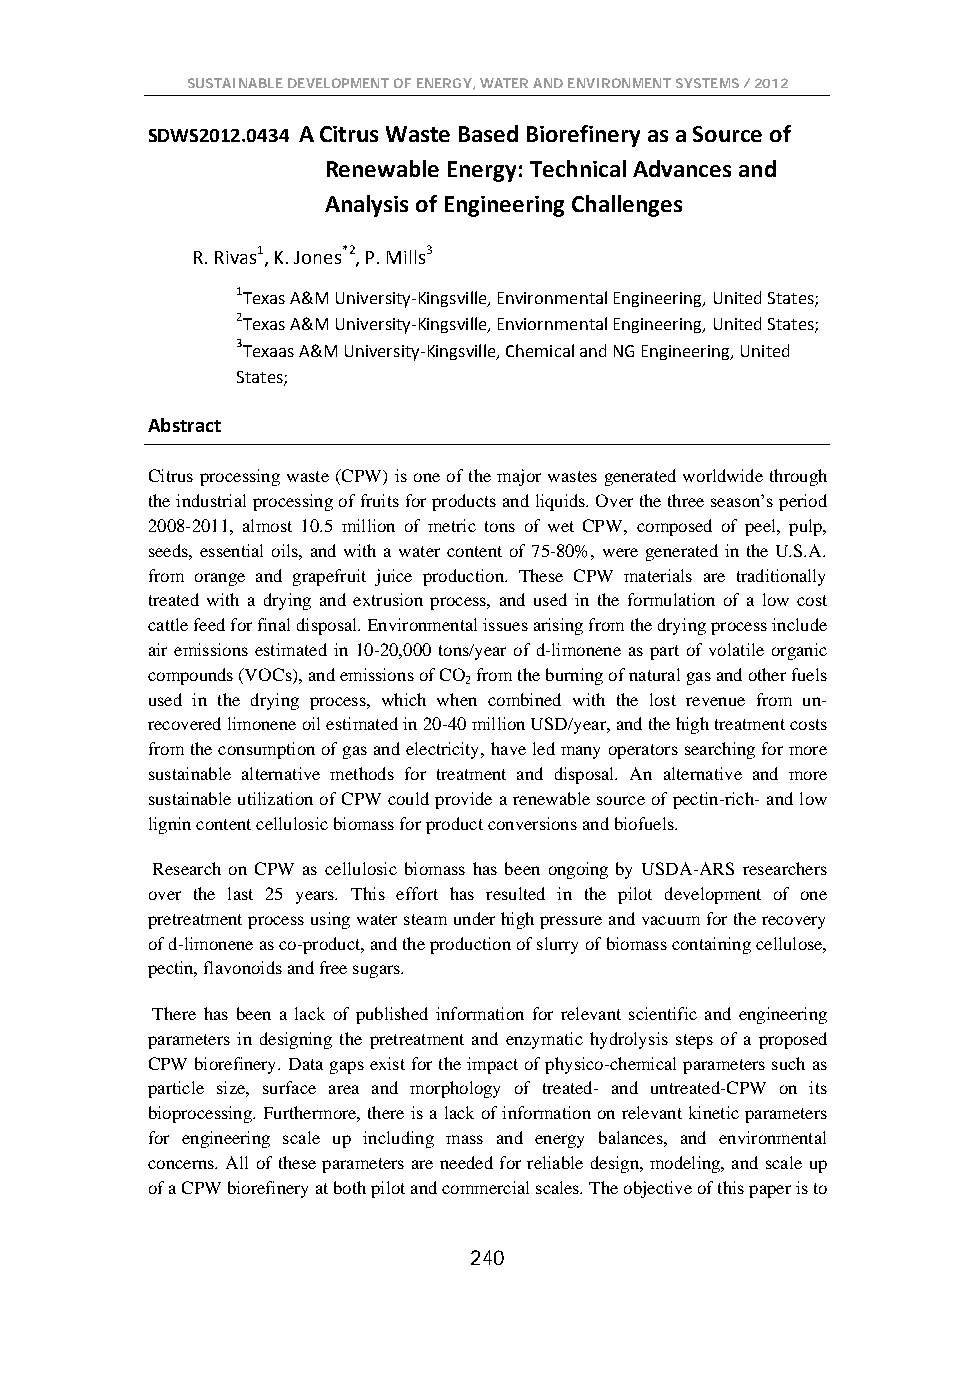
SUSTAINABLE DEVELOPMENT OF ENERGY, WATER AND ENVIRONMENT SYSTEMS / 2012
 SDWS2012.0434 A Citrus Waste Based Biorefinery as a Source of
 Renewable Energy: Technical Advances and
 Analysis of Engineering Challenges
 R. Rivas1, K. Jones*2, P. Mills3
 1Texas A&M University-Kingsville, Environmental Engineering, United States;
 2Texas A&M University-Kingsville, Enviornmental Engineering, United States;
 3Texaas A&M University-Kingsville, Chemical and NG Engineering, United
 States;
 Abstract
 Citrus processing waste (CPW) is one of the major wastes generated worldwide through
 the industrial processing of fruits for products and liquids. Over the three season’s period
 2008-2011, almost 10.5 million of metric tons of wet CPW, composed of peel, pulp,
 seeds, essential oils, and with a water content of 75-80%, were generated in the U.S.A.
 from orange and grapefruit juice production. These CPW materials are traditionally
 treated with a drying and extrusion process, and used in the formulation of a low cost
 cattle feed for final disposal. Environmental issues arising from the drying process include
 air emissions estimated in 10-20,000 tons/year of d-limonene as part of volatile organic
 compounds (VOCs), and emissions of CO from the burning of natural gas and other fuels
 2
 used in the drying process, which when combined with the lost revenue from un-
 recovered limonene oil estimated in 20-40 million USD/year, and the high treatment costs
 from the consumption of gas and electricity, have led many operators searching for more
 sustainable alternative methods for treatment and disposal. An alternative and more
 sustainable utilization of CPW could provide a renewable source of pectin-rich- and low
 lignin content cellulosic biomass for product conversions and biofuels.
 Research on CPW as cellulosic biomass has been ongoing by USDA-ARS researchers
 over the last 25 years. This effort has resulted in the pilot development of one
 pretreatment process using water steam under high pressure and vacuum for the recovery
 of d-limonene as co-product, and the production of slurry of biomass containing cellulose,
 pectin, flavonoids and free sugars.
 There has been a lack of published information for relevant scientific and engineering
 parameters in designing the pretreatment and enzymatic hydrolysis steps of a proposed
 CPW biorefinery. Data gaps exist for the impact of physico-chemical parameters such as
 particle size, surface area and morphology of treated- and untreated-CPW on its
 bioprocessing. Furthermore, there is a lack of information on relevant kinetic parameters
 for engineering scale up including mass and energy balances, and environmental
 concerns. All of these parameters are needed for reliable design, modeling, and scale up
 of a CPW biorefinery at both pilot and commercial scales. The objective of this paper is to
 240